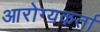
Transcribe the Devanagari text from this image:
आरोग्यकर्ता